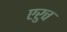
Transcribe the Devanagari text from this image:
एरुच